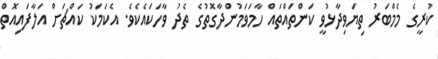
ކުރީގެ މެމްބަރު ތިޔަވިދާޅުވީ ކަންތައްތައް ހާމަވަމުންދާގޮތުގެ ތެދު ވާހަކައެކެވެ. އެކަމަކު ކައްޗަށް އަލާފައިއޮތް